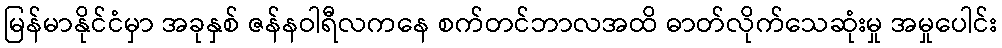
မြန်မာနိုင်ငံမှာ အခုနှစ် ဇန်နဝါရီလကနေ စက်တင်ဘာလအထိ ဓာတ်လိုက်သေဆုံးမှု အမှုပေါင်း